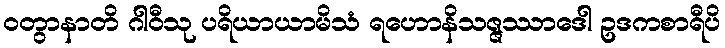
ဝတွာနာတိ ဂါဝီသု ပရိယာယာမိသံ ရဟောနိသဇ္ဇဿာဒေါ ဥဒကစာရီပိ